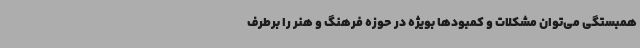
همبستگی می‌توان مشکلات و کمبودها بویژه در حوزه فرهنگ و هنر را برطرف